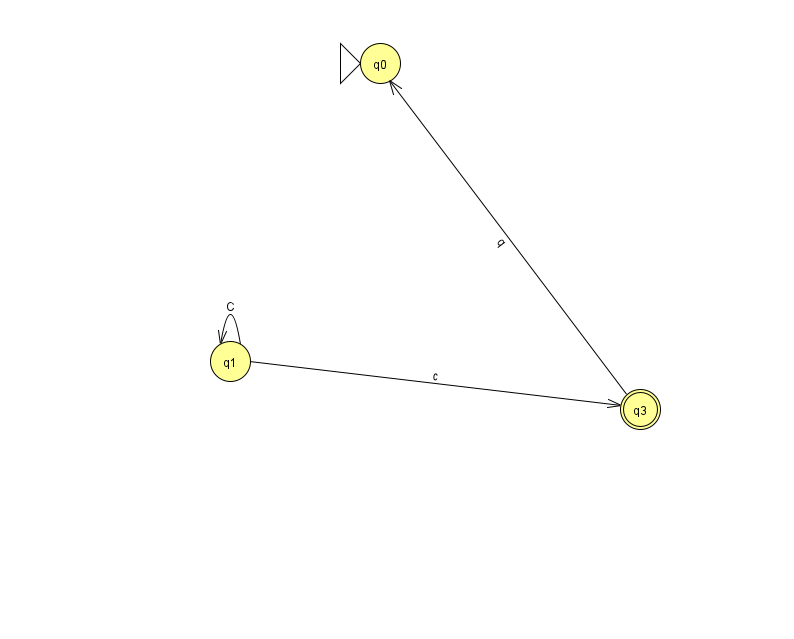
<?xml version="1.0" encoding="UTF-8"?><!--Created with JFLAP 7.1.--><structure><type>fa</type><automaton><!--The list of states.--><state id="0" name="q0"><x>380.0</x><y>50.0</y><initial/></state><state id="1" name="q1"><x>230.0</x><y>348.0</y></state><state id="3" name="q3"><x>640.0</x><y>396.0</y><final/></state><!--The list of transitions.--><transition><from>1</from><to>1</to><read>C</read></transition><transition><from>3</from><to>0</to><read>q</read></transition><transition><from>1</from><to>3</to><read>c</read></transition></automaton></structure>